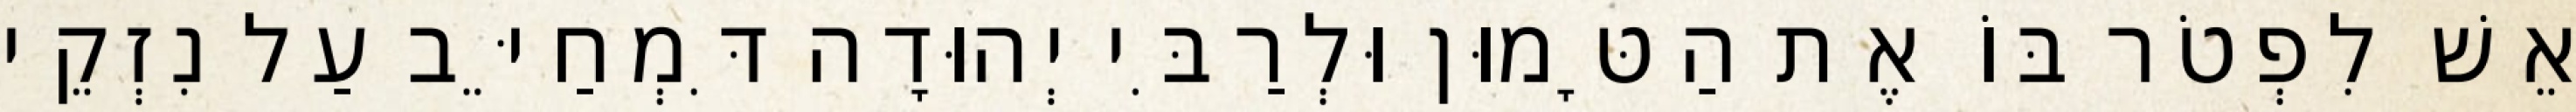
אֵשׁ לִפְטֹר בּוֹ אֶת הַטָּמוּן וּלְרַבִּי יְהוּדָה דִּמְחַיֵּב עַל נִזְקֵי